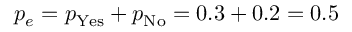
p _ { e } = p _ { \mathrm { Y e s } } + p _ { \mathrm { N o } } = 0 . 3 + 0 . 2 = 0 . 5